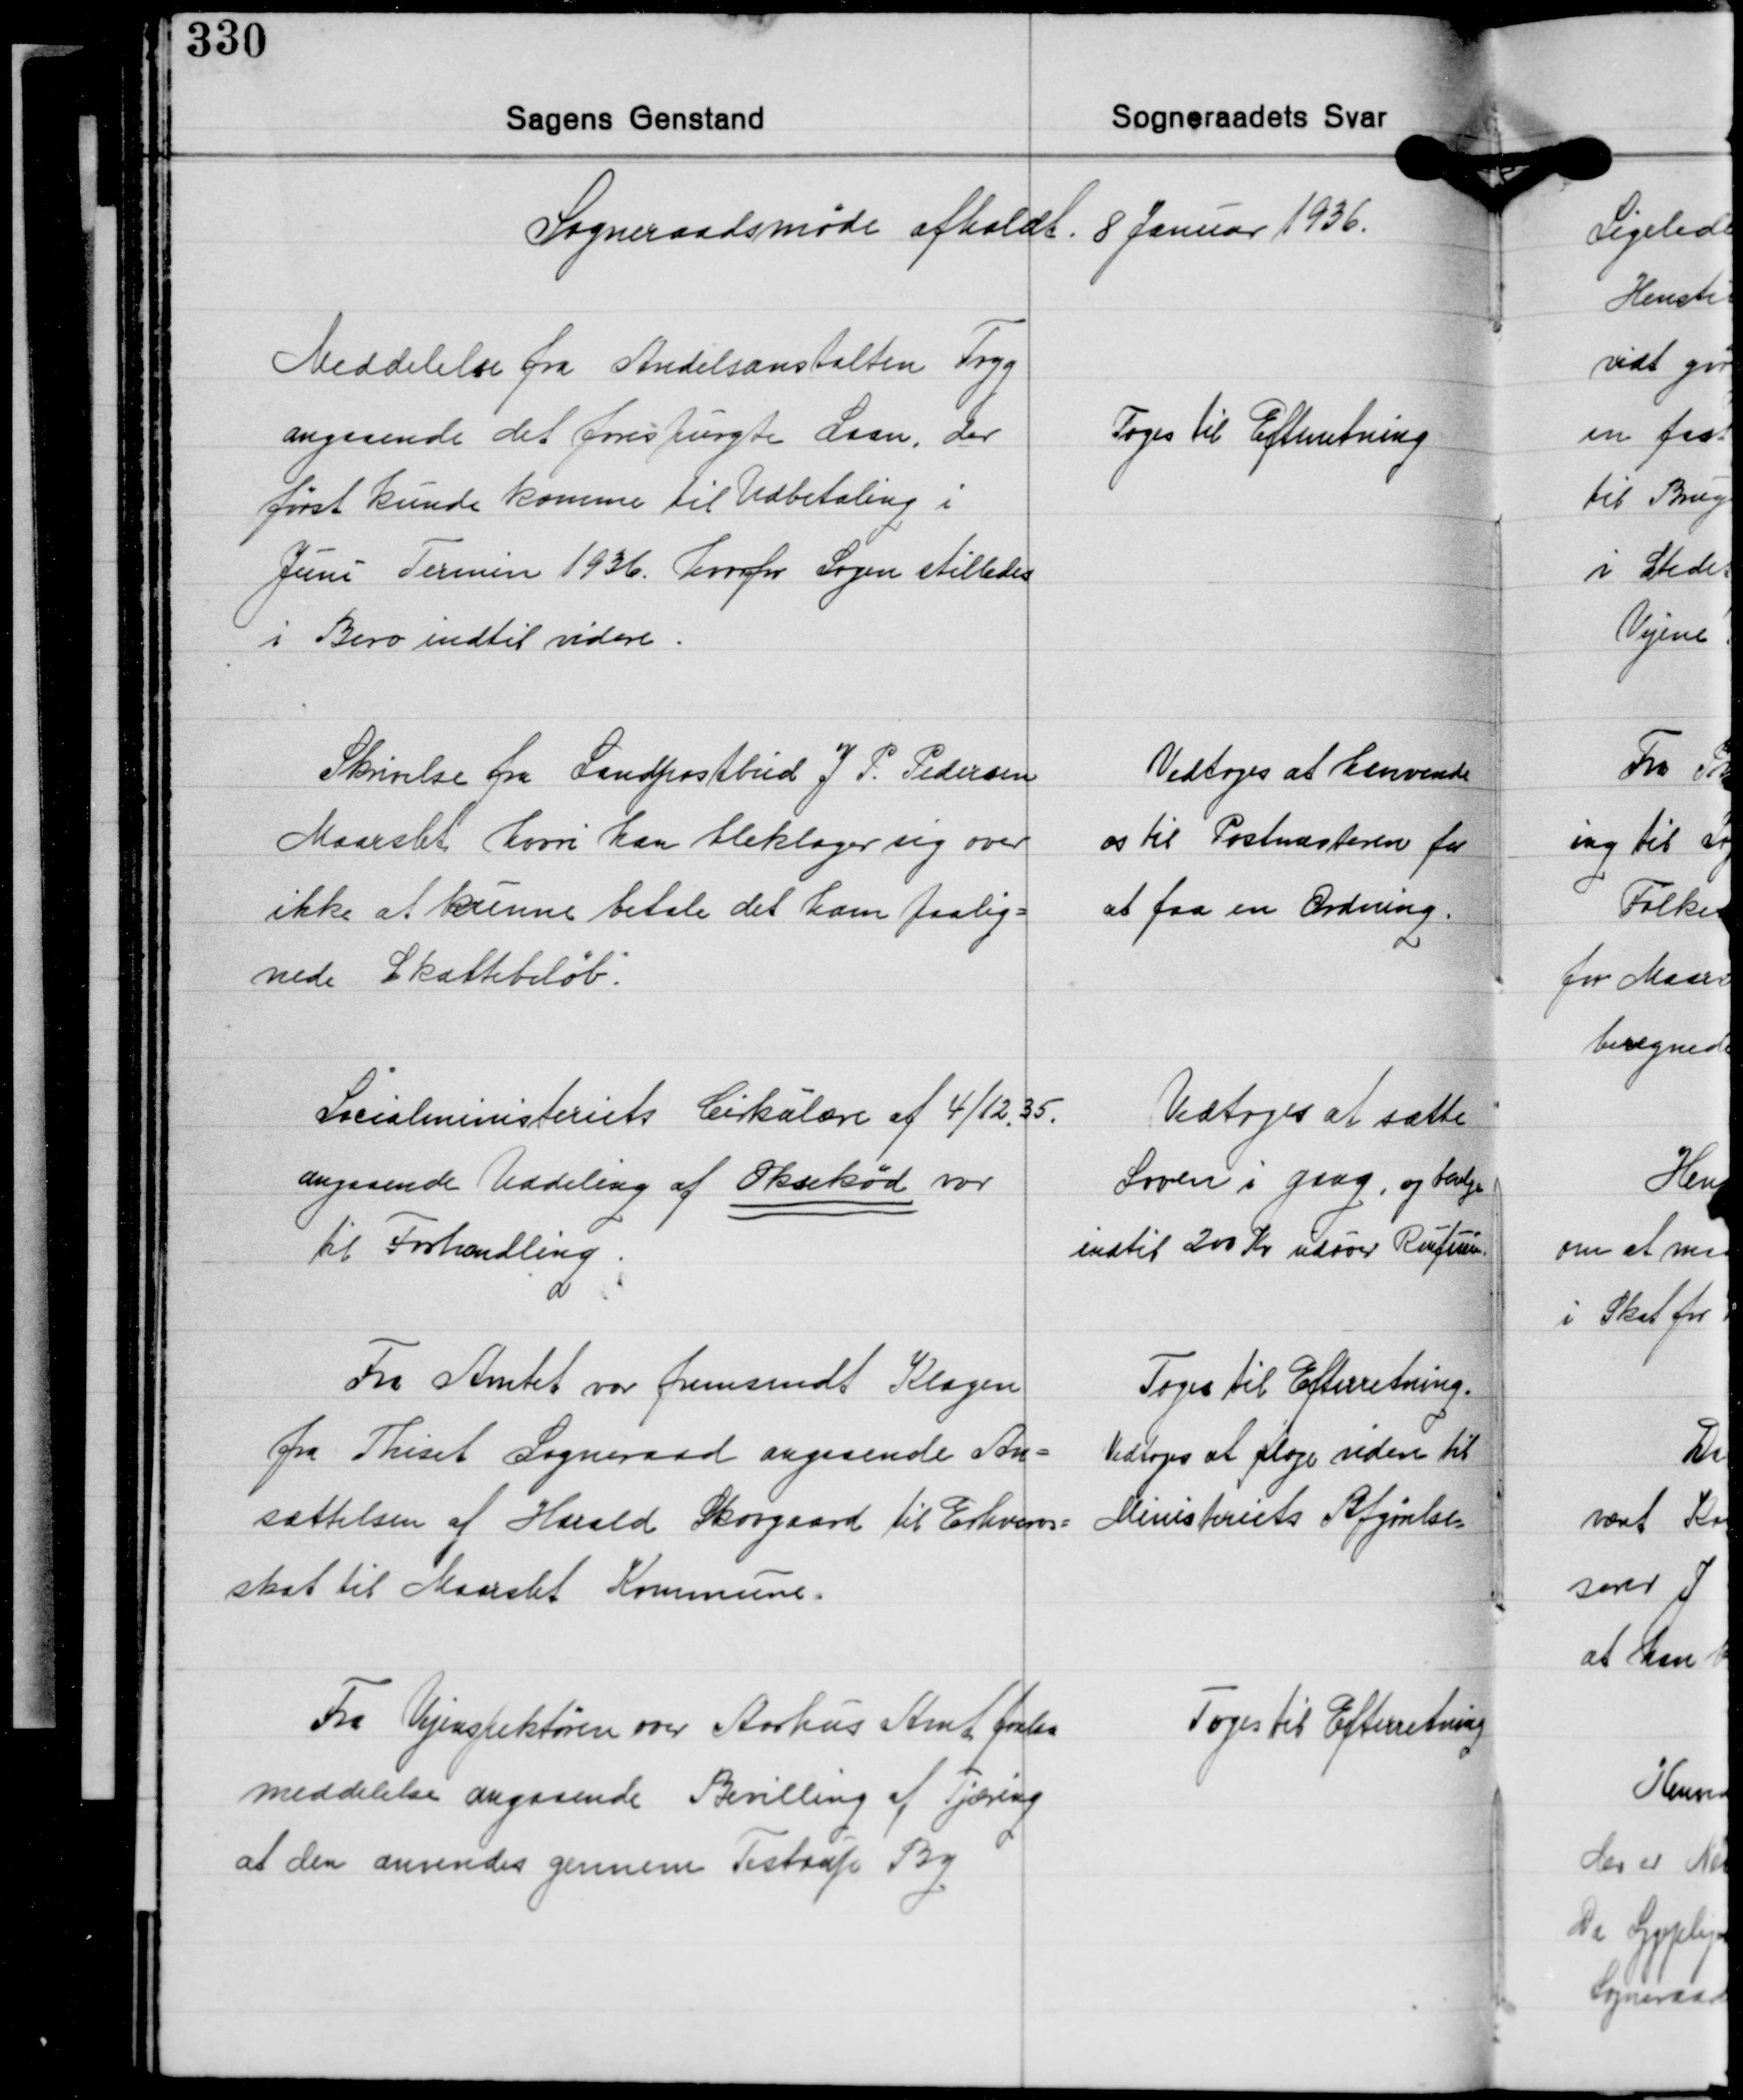
Transskription:
Sogneraadsmøde afholdt. 8 Januar 1936.

Meddelelse fra Andelsanstalten Tryg
angaaende det forespurgte Laan, der
først kunde komme til Udbetaling i
Juni Termin 1936, hvorfor Sagen stilledes
i Bero indtil videre.

Toges til Efterretning

Skrivelse fra Landpostbud J. P. Pedersen
Maarslet hvor han bleklager sig over
ikke at kunne betale det ham paalig-
nede Skattebeløb.

Vedtoges at henvende
os til Postmesteren for
at faa en Ordning.

Socialministeriets Cirkulære af 4/12 35
angaaende Uddeling af Oksekød var
til Forhandling.

Vedtoges at sætte
Loven i Gang, og Valge
indtil 200 Kr. udover Rufiu

Fra Amtet var fremsendt Klagen
fra Thiset Sogneraad angaaende An-
sættelsen af Harald Skovgaard til Erhvervs-
skat til Maaslet Kommune.

Toges til Efterretning.
Vedtoges at Klage siden til
Ministeriets Afgørelse.

Fra Vejinspektøren over Aarhus Amt forelaa
meddelelse angaaende Bevilling af Tjæring
at den anvendes gennem Testrup By

Toges til Efterretning